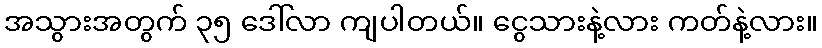
အသွားအတွက် ၃၅ ဒေါ်လာ ကျပါတယ်။ ငွေသားနဲ့လား ကတ်နဲ့လား။